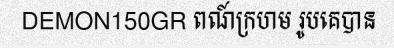
DEMON150GR ពណ៍ក្រហម រូបគេបាន